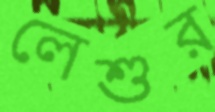
লেশুর